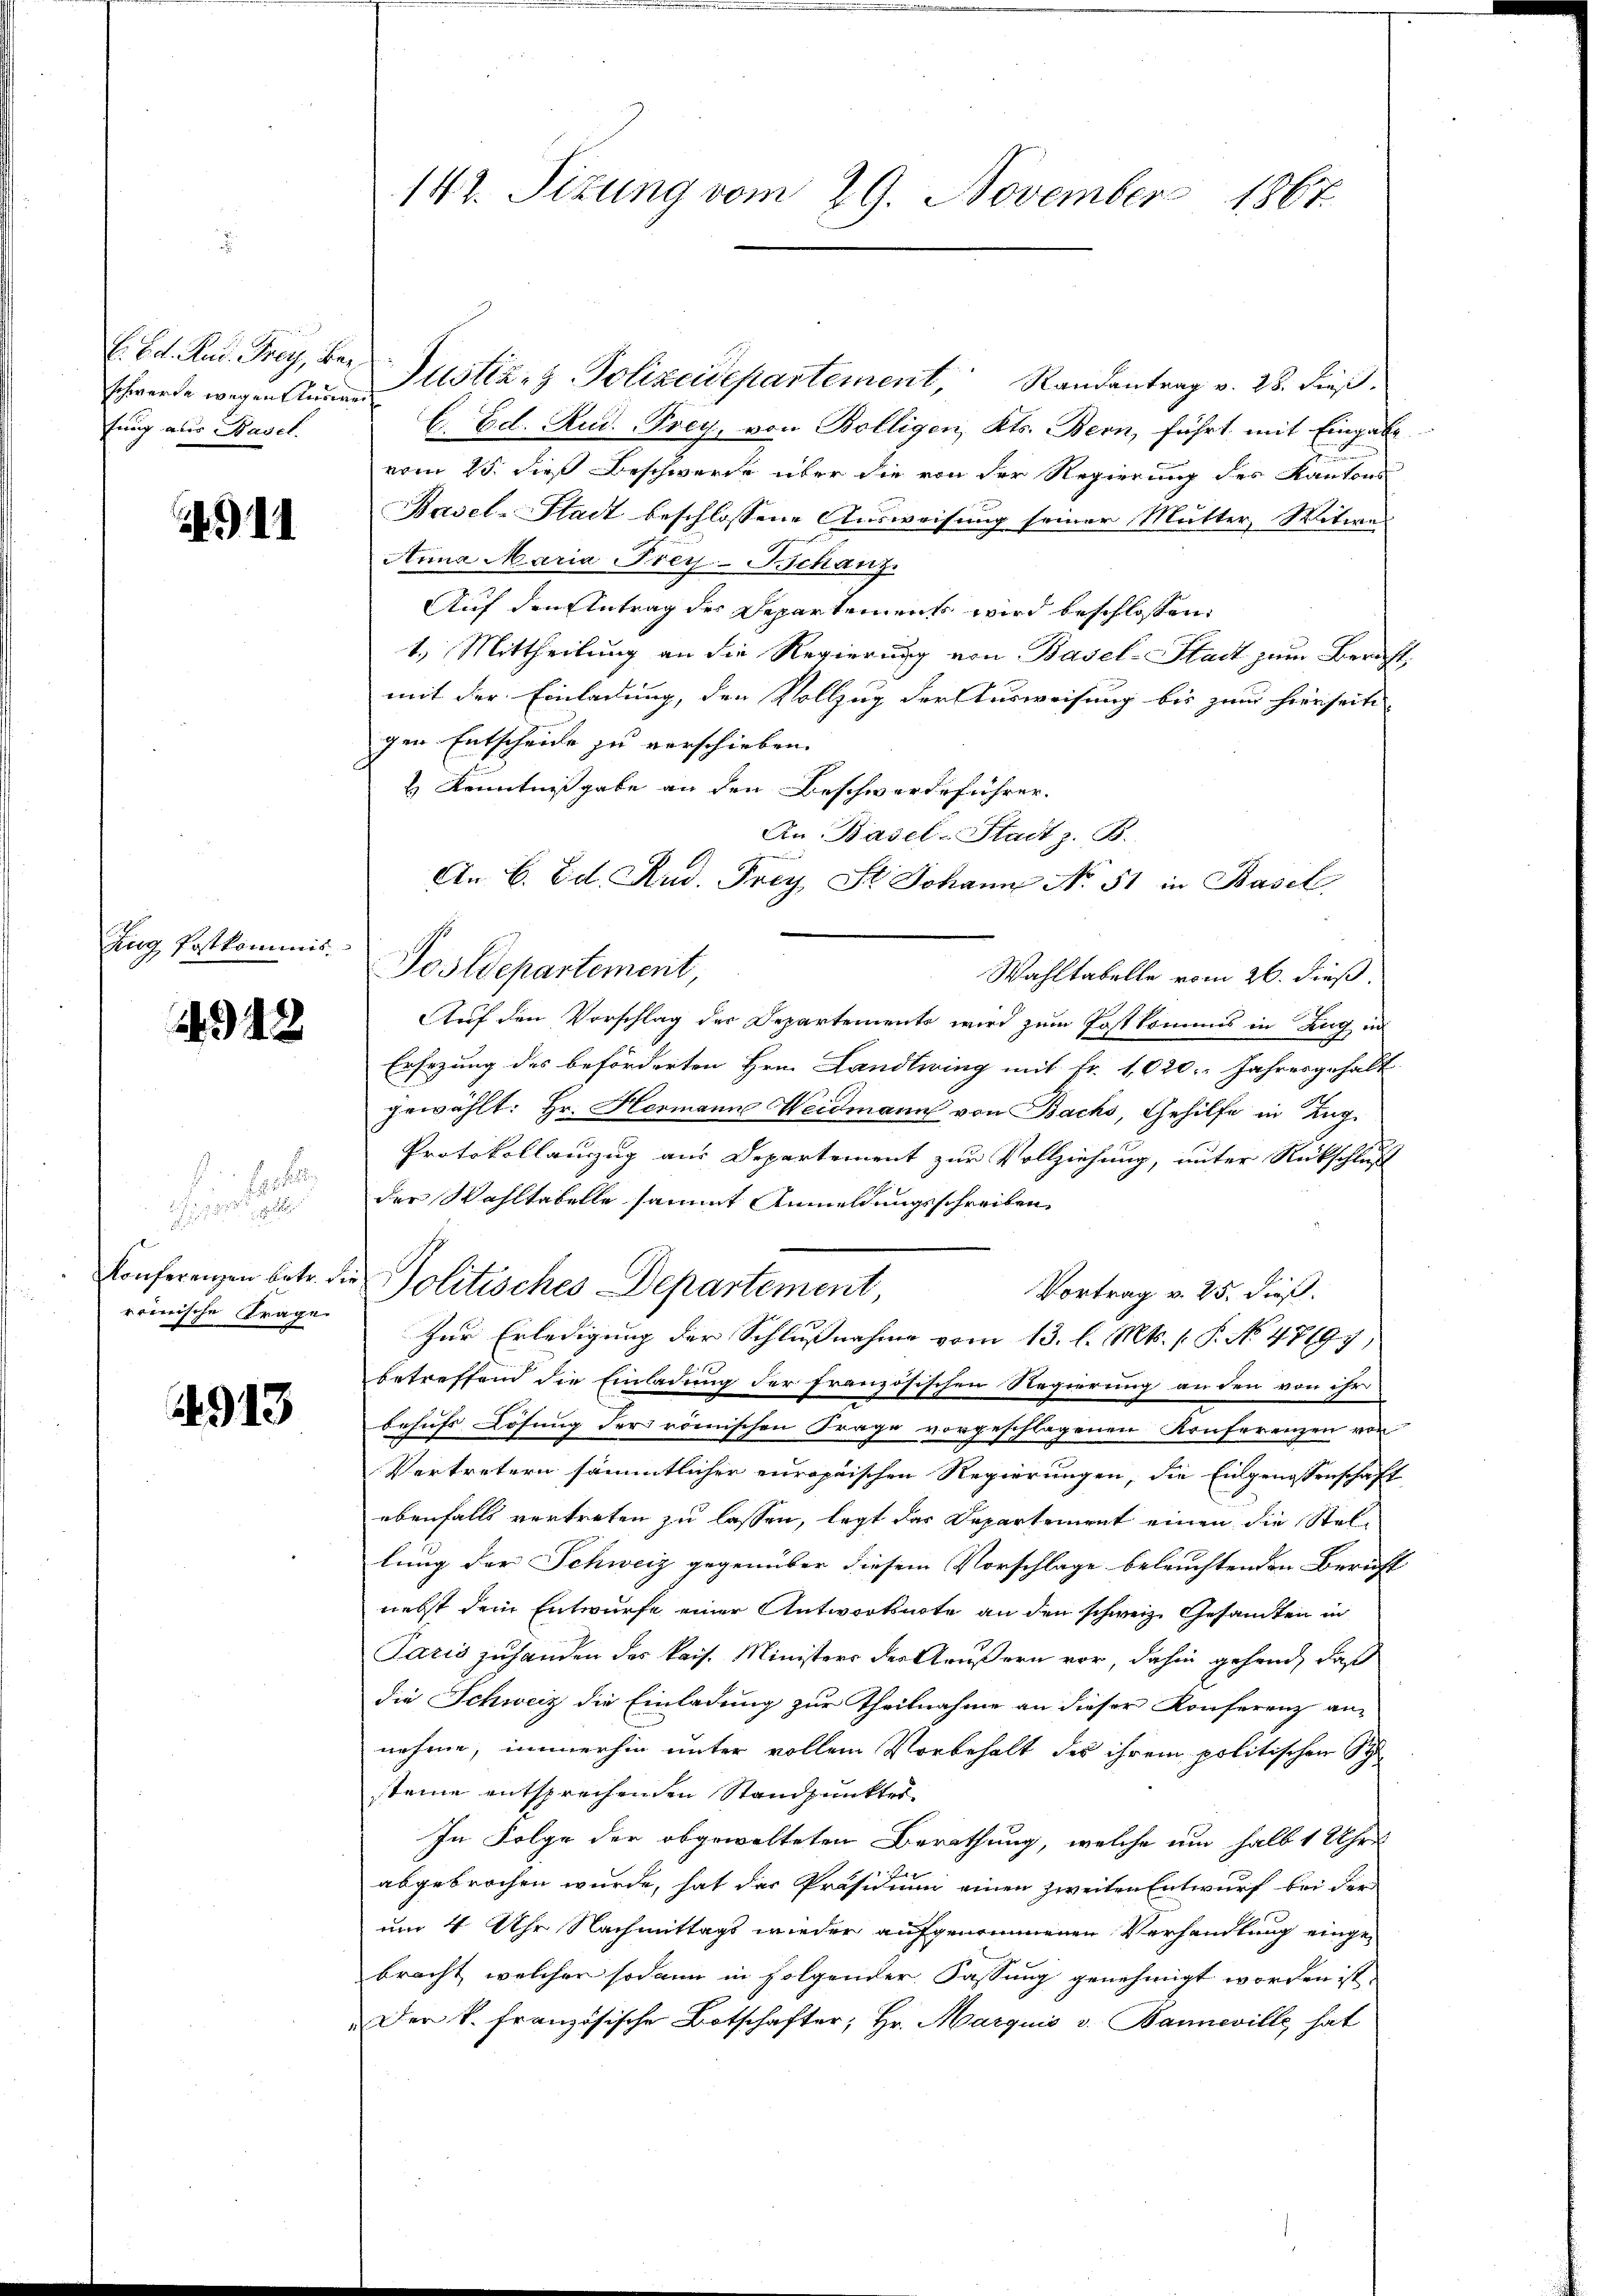
schwerde wegen Auswei
fung aus Basel.

) II

Zug Postkommis¬

4912

2.

reinische Frage

913

147. Situng vom 29. November 1867

C. Ed. Rud. Frey, ber Justiz- & Polizeidepartement, Randantrag v. 28. dieß.
l. Ed. Rud. Frey, von Bolligen, Kts. Bern, führt mit Eingabe
vom 25. dieß Beschwerde über die von der Regierung des Kantons
Basel-Stadt beschlossene Ausweisung seiner Mutter, Witwe
Anna Maria Frey-Schanz
Auf den Antrag der Departements wird beschlossen:
1.) Mittheilung an die Regierung von Basel-Stadt zum Bericht,
mit der Einladung, den Vollzug der Ausweisung bis zum hierseits
gen Entscheide zu verschieben.
 Kenntnißgabe an den Beschwerdeführer.
An Basel-Stadt z. B.
An C. Ed. Rud. Frey St. Johann No 51 in Basel
Postdepartement,
Wahltabelle vom 26. dieß.
Auf den Vorschlag der Departements wird zum Postkommis in Zug in
Ersezung des beförderten Hrn. Landtwing mit Fr. 1020. Jahresgehalt
gewählt: Hr. Hermann Weidmann von Bachs, Gehilfe in Zug
Protokollauszug aus Departement zur Vollziehung, unter Rückschluß
der Wahltabelle sammt Anmeldungsschreiben
Konferenzen betr. die Politisches Departement,
Vortrag v. 25. dieß.
Zur Erledigung der Schlußnahme vom 13. l. Mts. (: P. No 47697,
betreffend die Einladung der französischen Regierung an den von ihr
behufs Lösung der römischen Frage vorgeschlagenen Konferenzen vor
Vertretern sämmtlicher europäischen Regierungen, die Eidgenossenschaft
ebenfalls vertreten zu lassen, legt das Departement einen die Stel-
lung der Schweiz gegenüber diesem Vorschlage beleuchtenden Beruft
nebst dem Entwurfe einer Antwortsnote an den schweiz. Gesandten in
Paris zuhanden des kais. Ministers der Aeußern vor, dahin gehend, daß
die Schweiz die Einladung zur Theilnahme an dieser Konferenz an-
nehme, immerhin unter vollem Vorbehalt des ihrem politischen St
steine entsprechenden Standpunktes
In Folge der abgewalteten Berathung, welche um halb 1 Uhr
abgebrochen wurde, hat das Präsidium einen zweiten Entwurf bei der
um 4 Uhr Nachmittags wieder aufgenommenen Verhandlung eingebracht, welcher sodann in folgender Fassung genehmigt worden ist.
Den k. französische Botschafter; Hr. Marquis v. Banneville hat